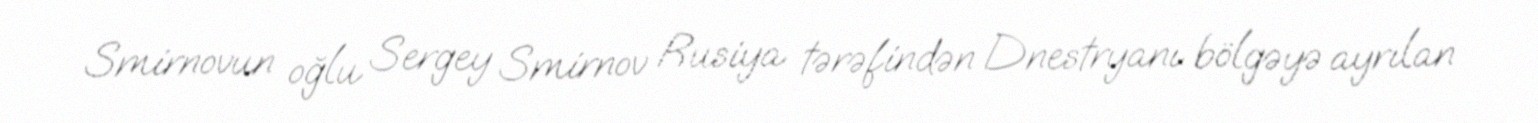
Smirnovun oğlu Sergey Smirnov Rusiya tərəfindən Dnestryanı bölgəyə ayrılan